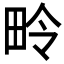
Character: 𪽏